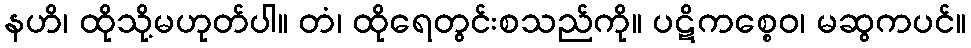
နဟိ၊ ထိုသို့မဟုတ်ပါ။ တံ၊ ထိုရေတွင်းစသည်ကို။ ပဋိကစ္စေဝ၊ မဆွကပင်။